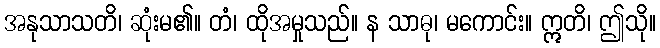
အနုသာသတိ၊ ဆုံးမ၏။ တံ၊ ထိုအမှုသည်။ န သာဓု၊ မကောင်း။ ဣတိ၊ ဤသို။